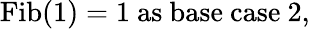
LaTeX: {\mathrm{Fib}}(1)=1{\mathrm{~as~base~case~2,}}